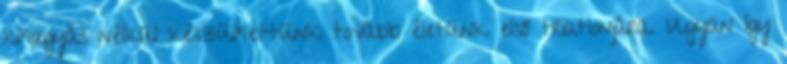
kihagyás nélkül készülhettünk tovább életünk első triatlonjára. Ugyan így